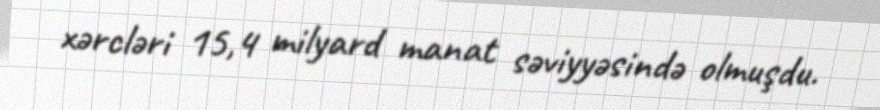
xərcləri 15,4 milyard manat səviyyəsində olmuşdu.